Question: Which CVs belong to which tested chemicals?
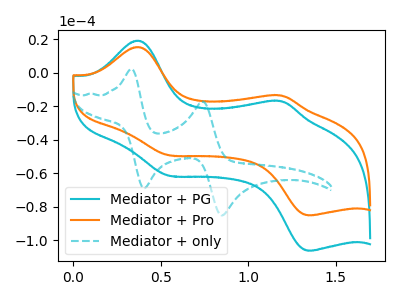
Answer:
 <answer>The cyan curve is labeled "Mediator + PG". The orange curve is labeled "Mediator + Pro". The cyan dashed curve is labeled "Mediator + only".</answer>
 <eval></eval>